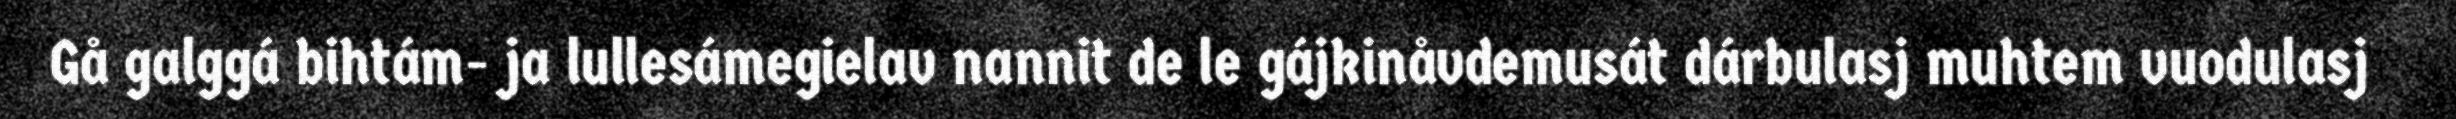
Gå galggá bihtám- ja lullesámegielav nannit de le gájkinåvdemusát dárbulasj muhtem vuodulasj